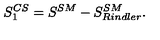
S _ { 1 } ^ { C S } = S ^ { S M } - S _ { R i n d l e r } ^ { S M } .